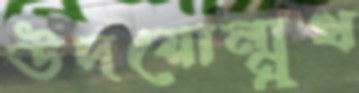
উদয়োন্মুখ